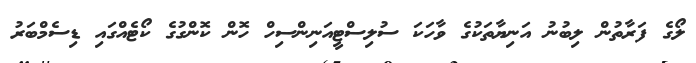
ލޯގެ ފަރާތުން ލިބުނު އަނިޔާތަކުގެ ވާހަކަ ސުލިސްޓީއަނިންސިހް ހޮން ކޮންގުގެ ކޯޓެއްގައި ޑިސެމްބަރު